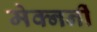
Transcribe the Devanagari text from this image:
मेक्नर्नी